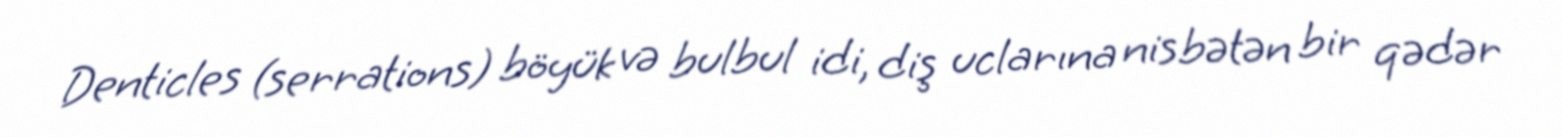
Denticles (serrations) böyük və bulbul idi, diş uclarına nisbətən bir qədər